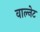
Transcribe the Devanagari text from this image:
वाल्नेट